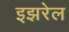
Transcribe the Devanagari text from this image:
इझरेल